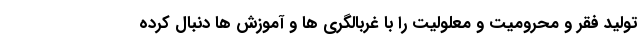
تولید فقر و محرومیت و معلولیت را با غربالگری ها و آموزش ها دنبال کرده